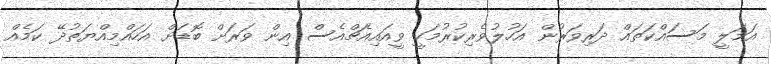
އަމަލީ މަސައްކަތައް ދަރިވަރުން އަހުލުވެރިކުރުމަކީ ވީއައިއެޗްއެސް އިން ވަރަށް ބޮޑަށް އަހައްމިއްޔަތުދޭ ކަމެއް